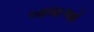
બાધાઓ